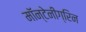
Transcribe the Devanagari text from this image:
मॉन्टेनीग्रिन